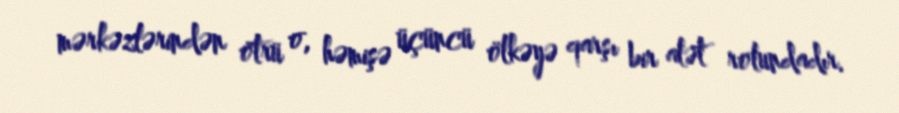
mərkəzlərindən ötrü o, həmişə üçüncü ölkəyə qarşı bir alət rolundadır.